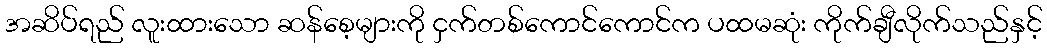
အဆိပ်ရည် လူးထားသော ဆန်စေ့များကို ငှက်တစ်ကောင်ကောင်က ပထမဆုံး ကိုက်ချီလိုက်သည်နှင့်